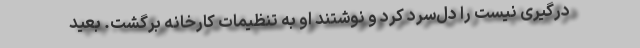
درگیری نیست را دل‌سرد کرد و نوشتند او به تنظیمات کارخانه برگشت. بعید